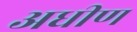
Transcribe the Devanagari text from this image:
अधीण